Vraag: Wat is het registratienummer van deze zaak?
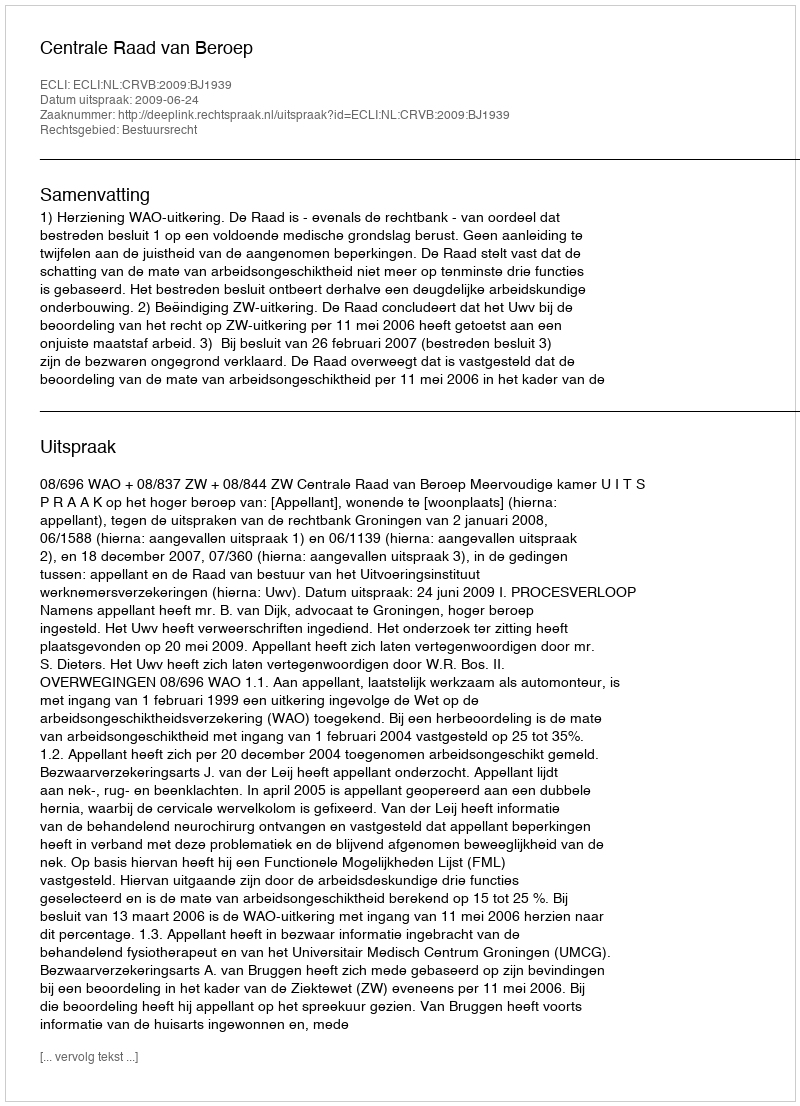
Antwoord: http://deeplink.rechtspraak.nl/uitspraak?id=ECLI:NL:CRVB:2009:BJ1939